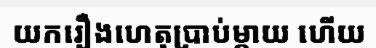
យករឿងហេតុប្រាប់ម្តាយ ហើយ